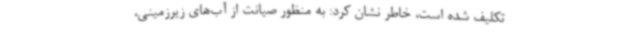
تکلیف شده است، خاطر نشان کرد: به منظور صیانت از آب‌های زیرزمینی،